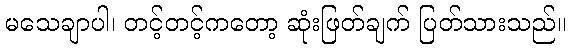
မသေချာပါ၊ တင့်တင့်ကတော့ ဆုံးဖြတ်ချက် ပြတ်သားသည်။